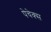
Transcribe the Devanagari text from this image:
पेचेक्स